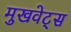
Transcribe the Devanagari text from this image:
मुखवेट्स